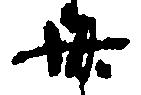
卅